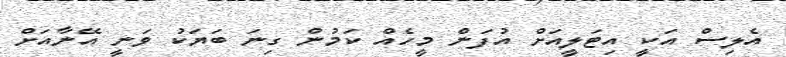
އެލިސް އަކީ އިޓަލީއަށް އުފަން މީހެއް ކަމުން ގިނަ ބަޔަކު ވަނީ އޭނާއަށް